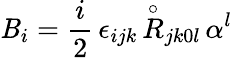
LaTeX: {\mathit{B}}_{i}=\frac{{i}}{{2}}\, \epsilon_{ijk}\, {\stackrel{\circ}{R}}_{jk0l}\, \alpha^{l}